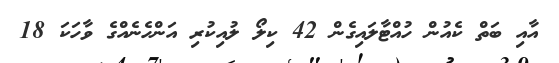
އާއި ބަތް ކެއުން ހުއްޓާލައިގެން 42 ކިލޯ ލުއިކުރި އަންހެނެއްގެ ވާހަކަ 18